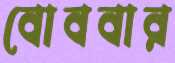
বোববার